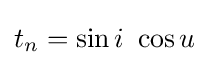
t_{n}=\sin i\ \cos u